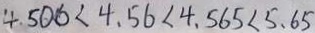
4 . 5 0 0 < 4 . 5 6 < 4 . 5 6 5 < 5 . 6 5